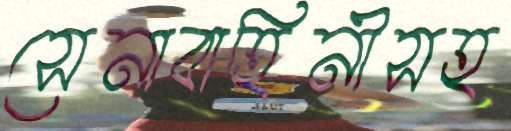
সেনাবাহিনীসহ